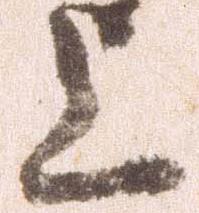
上